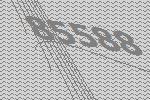
85588